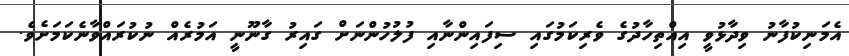
އެމަނިކުފާނު ވިދާޅުވީ އިއްތިހާދުގެ ވެރިކަމުގައި ސިފައިންނާއި ފުލުހުންނަށް ގައިރު ގާނޫނީ އަމުރެއް ނުކުރައްވާނެކަމަށެވެ.